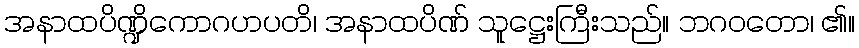
အနာထပိဏ္ဍိကောဂဟပတိ၊ အနာထပိဏ် သူဋ္ဌေးကြီးသည်။ ဘဂဝတော၊ ၏။